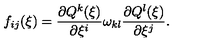
f _ { i j } ( \xi ) = \frac { \partial Q ^ { k } ( \xi ) } { \partial \xi ^ { i } } \omega _ { k l } \frac { \partial Q ^ { l } ( \xi ) } { \partial \xi ^ { j } } .